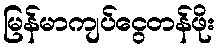
မြန်မာကျပ်ငွေတန်ဖိုး